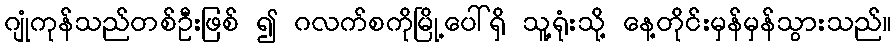
ဂျုံကုန်သည်တစ်ဦးဖြစ် ၍ ဂလက်စကိုမြို့ပေါ်ရှိ သူ့ရုံးသို့ နေ့တိုင်းမှန်မှန်သွားသည်။